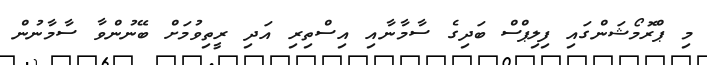
މި ޕްރޮމޯޝަންގައި ފިލިޕްސް ބަދިގެ ސާމާނާއި އިސްތިރި އަދި ރީތިވުމަށް ބޭނުންވާ ސާމާނުން